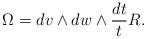
LaTeX: \begin{align*}\Omega = dv \wedge dw \wedge \frac {dt}{t} R.\end{align*}